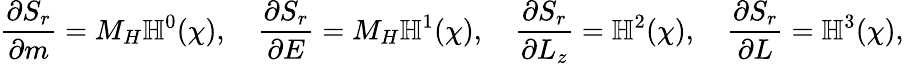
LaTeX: \frac{\partial S_{r}}{\partial m}=M_{H}\mathbb{H}^{0}(\chi),\quad\frac{\partial S_{r}}{\partial E}=M_{H}\mathbb{H}^{1}(\chi),\quad\frac{\partial S_{r}}{\partial L_{z}}=\mathbb{H}^{2}(\chi),\quad\frac{\partial S_{r}}{\partial L}=\mathbb{H}^{3}(\chi),